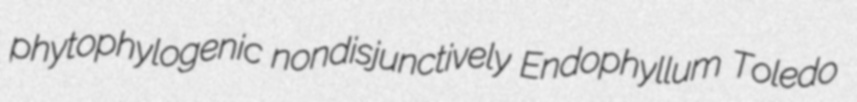
phytophylogenic nondisjunctively Endophyllum Toledo